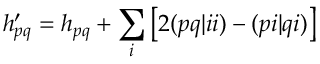
h _ { p q } ^ { \prime } = h _ { p q } + \sum _ { i } \left[ 2 ( p q | i i ) - ( p i | q i ) \right]